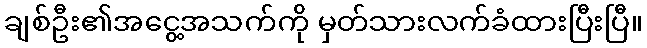
ချစ်ဦး၏အငွေ့အသက်ကို မှတ်သားလက်ခံထားပြီးပြီ။